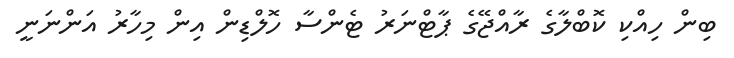
ބިން ހިއްކި ކޮބްލާގެ ރާއްޖޭގެ ޕާޓްނަރު ޓެންސާ ހޮލްޑިން އިން މިހާރު އަންނަނީ